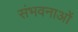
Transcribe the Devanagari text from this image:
संभवनाओं